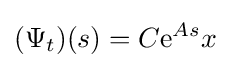
(\Psi _{t})(s)=C{\rm {e}}^{As}x